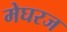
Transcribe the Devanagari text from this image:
मेघरज